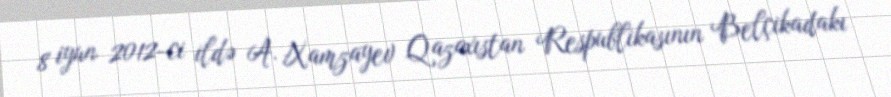
8 iyun 2012-ci ildə A. Xamzayev Qazaxıstan Respublikasının Belçikadakı